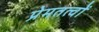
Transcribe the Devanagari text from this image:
प्रेमतत्वों